Production of alkali in liquid media by the Bacillus pestis - Number 33
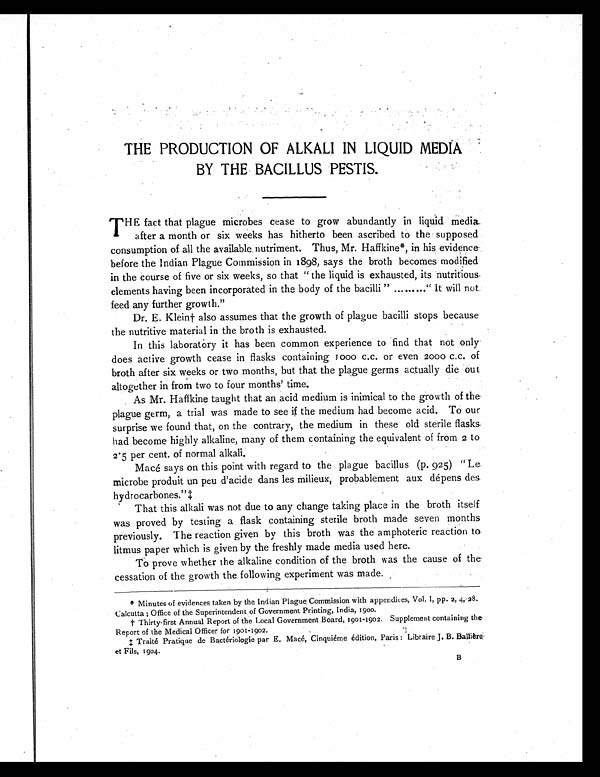
THE PRODUCTION OF ALKALI IN LIQUID MEDIA
BY THE BACILLUS PESTIS.
T H E
f a c t t h a t p l a g u e m i c r o b e s c e a s e t o g r o w a b u n d a n t l y i n l i q u i d m e d i a
after a month or six weeks has hitherto been ascribed to the supposed
consumption of all the available nutriment. Thus, Mr. Haffkine*, in his evidence
before the Indian Plague Commission in 1898, says the broth becomes modified
in the course of five or six weeks, so that "the liquid is exhausted, its nutritious
elements having been incorporated in the body of the bacilli" ........."It will not
feed any further growth."
Dr. E. Klein† also assumes that the growth of plague bacilli stops because
the nutritive material in the broth is exhausted.
In this laboratory it has been common experience to find that not only
does active growth cease in flasks containing 1000 c.c. or even 2000 c.c. of
broth after six weeks or two months, but that the plague germs actually die out
altogether in from two to four months' time.
As Mr. Haffkine taught that an acid medium is inimical to the growth of the
plague germ, a trial was made to see if the medium had become acid. To our
surprise we found that, on the contrary, the medium in these old sterile flasks
had become highly alkaline, many of them containing the equivalent of from 2 to
2.5 per cent. of normal alkali.
Macé says on this point with regard to the plague bacillus (p. 925) "Le
microbe produit un peu d'acide dans les milieux, probablement aux dépens des
hydrocarbones."‡
That this alkali was not due to any change taking place in the broth itself
was proved by testing a flask containing sterile broth made seven months
previously. The reaction given by this broth was the amphoteric reaction to
litmus paper which is given by the freshly made media used here.
To prove whether the alkaline condition of the broth was the cause of the
cessation of the growth the following experiment was made.
* Minutes of evidences taken by the Indian Plague Commission with appendices, Vol. 1, pp. 2, 4, 28.
Calcutta; Office of the Superintendent of Government Printing, India, 1900.
† Thirty-first Annual Report of the Local Government Board, 1901-1902. Supplement containing the
Report of the Medical Officer for 1901-1902.
‡ Traité Pratique de Bactériologie par E. Macé, Cinquiéme édition, Paris: Libraire J. B. Balliére-
et Fils, 1904.
B